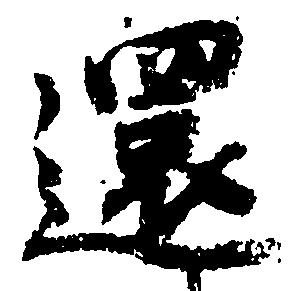
還